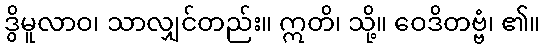
ဒွိမူလာဝ၊ သာလျှင်တည်း။ ဣတိ၊ သို့။ ဝေဒိတဗ္ဗံ၊ ၏။